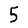
Digit: 5